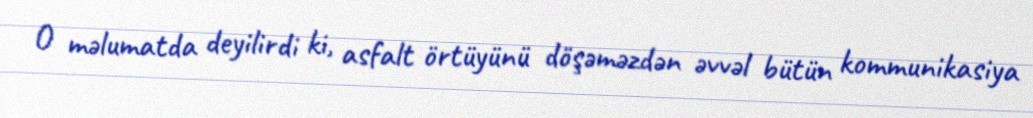
O məlumatda deyilirdi ki, asfalt örtüyünü döşəməzdən əvvəl bütün kommunikasiya